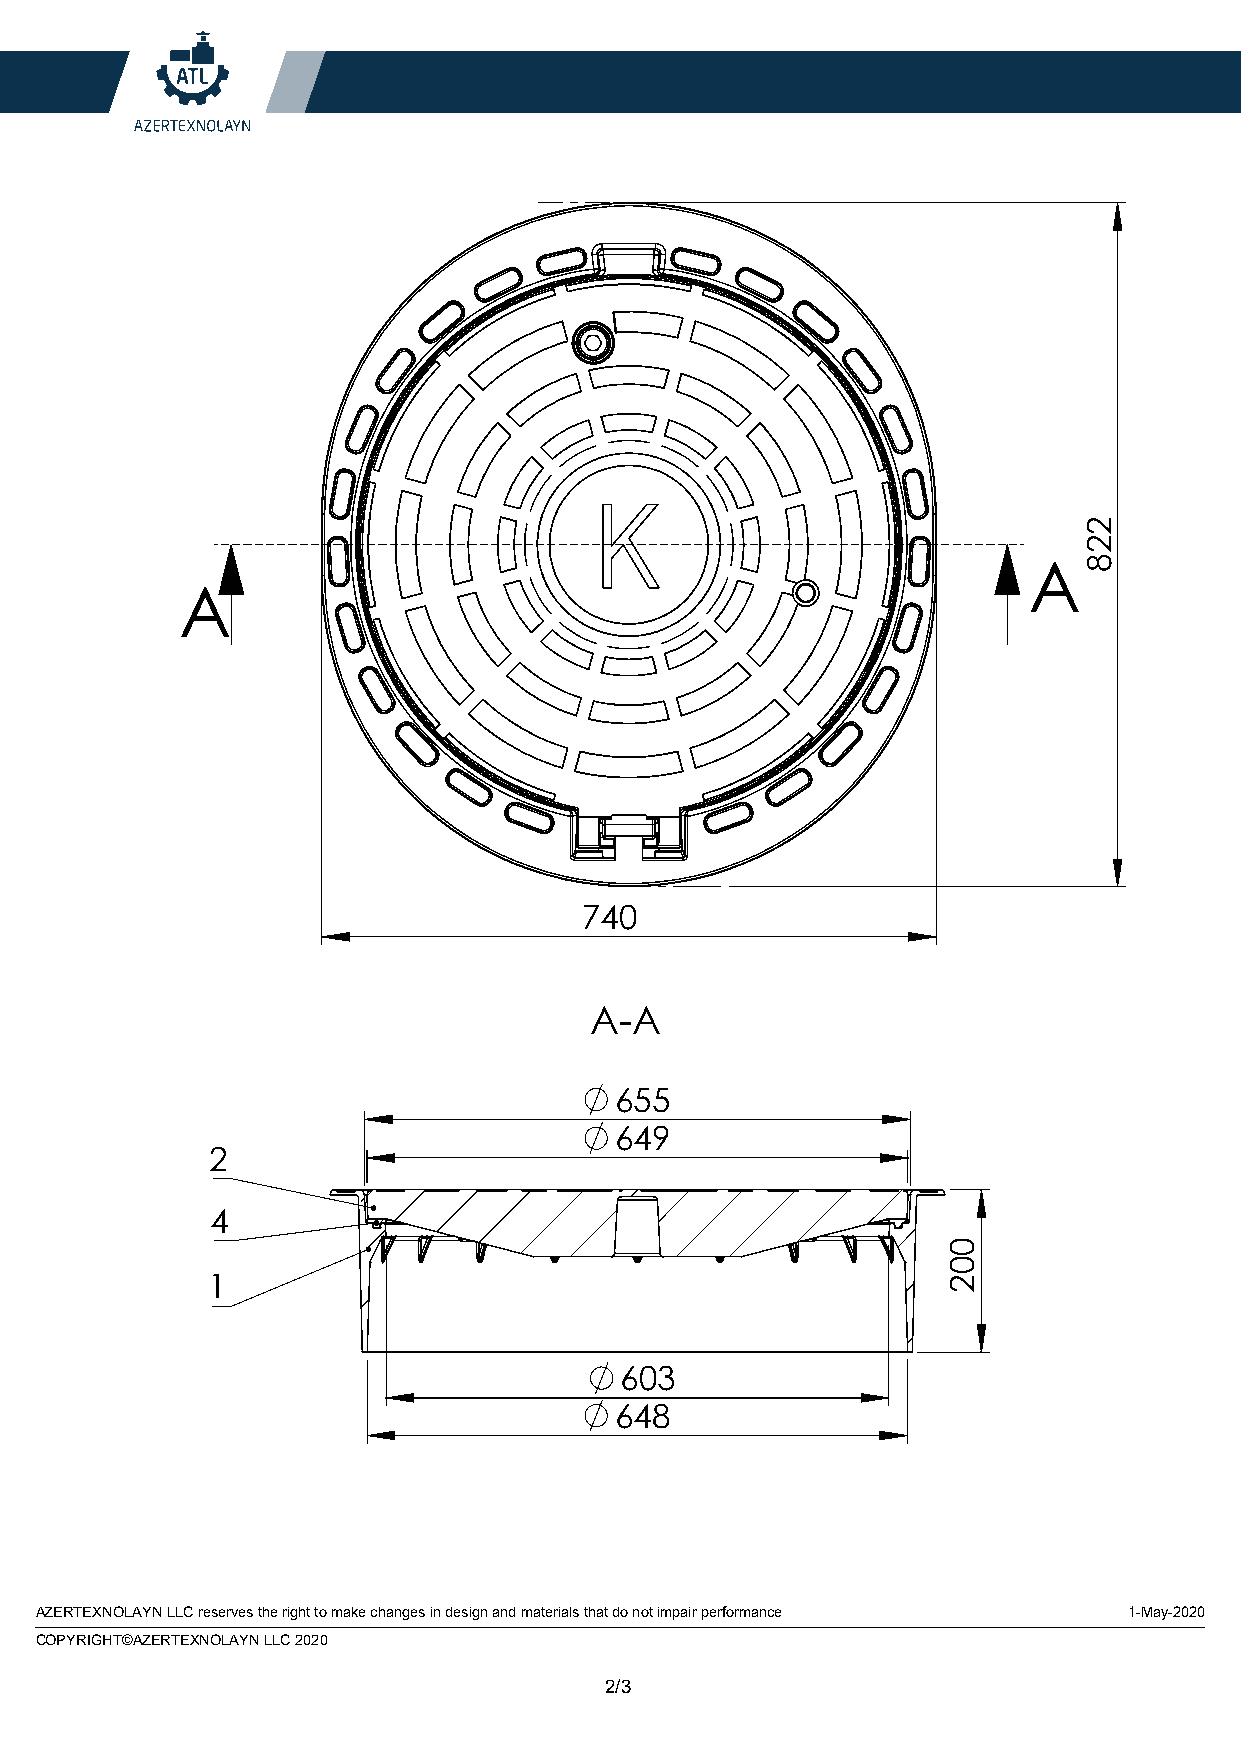
А
 А
 740
 А-А
 655
 649
 2
 4
 1
 603
 648
 AZERTEXNOLAYN LLC reserves the right to make changes in design and materials that do not impair performance 1-May-2020
 COPYRIGHT©AZERTEXNOLAYN LLC 2020
 2/3
 002
 228